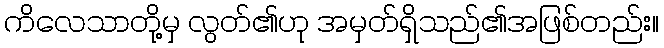
ကိလေသာတို့မှ လွတ်၏ဟု အမှတ်ရှိသည်၏အဖြစ်တည်း။